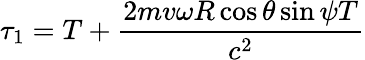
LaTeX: \tau_{1}=T+\frac{2mv\omega R\cos{\theta}\sin{\psi}T}{c^{2}}